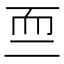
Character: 𱻰